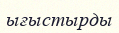
ығыстырды